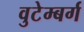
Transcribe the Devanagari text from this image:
वुटेम्बर्ग